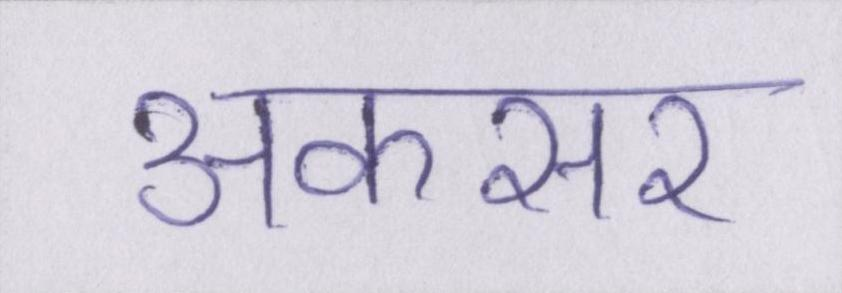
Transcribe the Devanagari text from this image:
अकसर